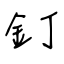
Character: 釘